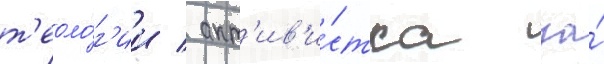
т'еоло́г'ии / акт'ив'и́стка за́